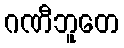
ဂဏီဘူတေ